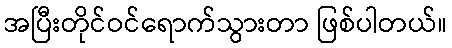
အပြီးတိုင်ဝင်ရောက်သွားတာ ဖြစ်ပါတယ်။